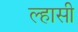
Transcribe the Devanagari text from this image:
ल्हासी